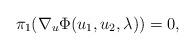
LaTeX: \begin{align*}\pi_1(\nabla_u\Phi(u_1,u_2,\lambda))=0,\end{align*}